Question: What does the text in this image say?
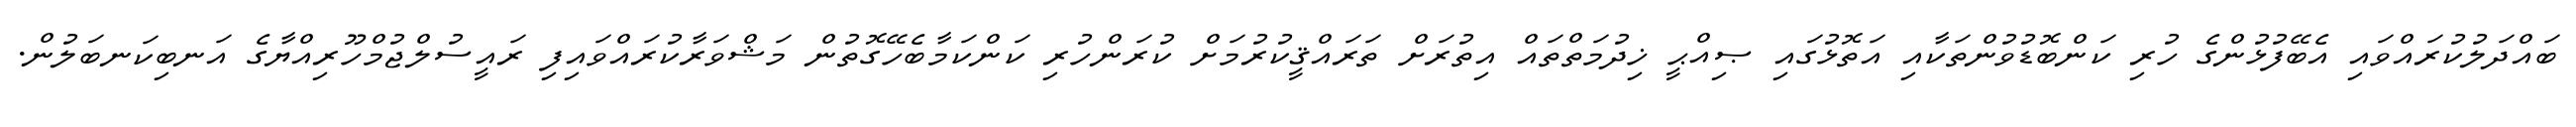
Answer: ބައްދަލުކުރައްވައި އެބޭފުޅުންގެ ހުރި ކަންބޮޑުވުންތަކާއި އަތޮޅުގައި ޞިއްޙީ ޚިދުމަތްތައް އިތުރަށް ތަރައްޤީކުރުމަށް ކުރަންހުރި ކަންކަމާބެހޭގޮތުން މަޝްވަރާކުރައްވައިފި ރައީސުލްޖުމްހޫރިއްޔާގެ އަނބިކަނބަލުން.